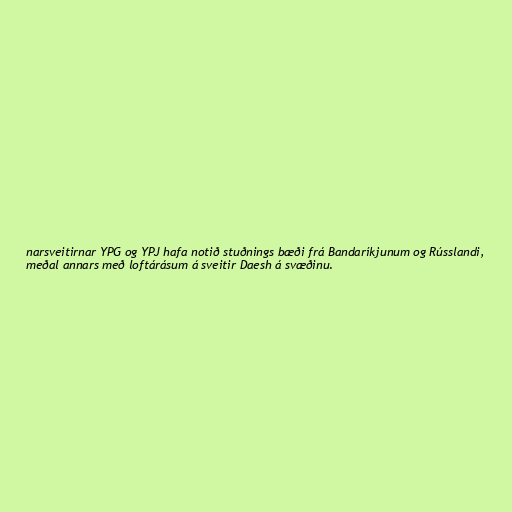
narsveitirnar YPG og YPJ hafa notið stuðnings bæði frá Bandaríkjunum og Rússlandi,
meðal annars með loftárásum á sveitir Daesh á svæðinu.